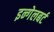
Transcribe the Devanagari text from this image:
इन्गेलबर्ट